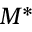
M ^ { * }